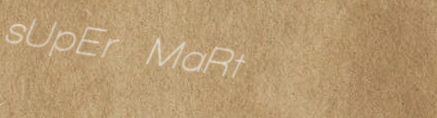
sUpEr MaRt